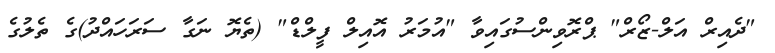
"ދެއިރް އަލް-ޒޯރް" ޕްރޮވިންސުގައިވާ "އުމަރު އޮއިލް ފީލްޑް" (ތެޔޮ ނަގާ ސަރަހައްދު)ގެ ތެލުގެ